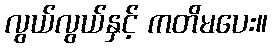
လွယ်လွယ်နှင့် ကတိမပေး။